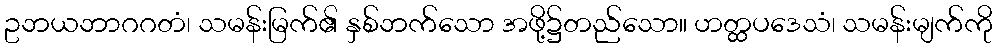
ဥဘယဘာဂဂတံ၊ သမန်းမြက်၏ နှစ်ဘက်သော အဖို့၌တည်သော။ ဟတ္ထပဒေသံ၊ သမန်းမျက်ကို